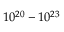
1 0 ^ { 2 0 } - 1 0 ^ { 2 3 }